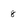
Character: 8